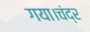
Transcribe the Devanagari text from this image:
गया।चंद्र